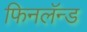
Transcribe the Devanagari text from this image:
फिनलॅन्ड